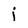
Character: i